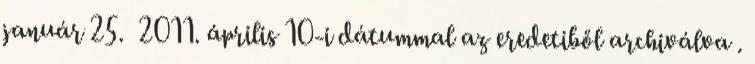
január 25. 2011. április 10-i dátummal az eredetiből archiválva .